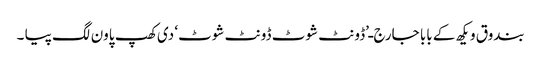
بندوق ویکھ کے بابا جارج ـ’ڈونٹ شوٹ ڈونٹ شوٹ‘ دی کھپ پاون لگ پیا ۔